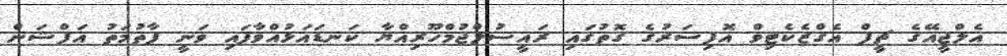
އެލްޖީއޭގެ ޗީފް އެގްޒެކެޓިވް އޮފިސަރުގެ ގޮތުގައި ރައީސުލްޖުމްހޫރިއްޔާ ކަނޑައަޅުއްވާފައި ވަނީ ފާތުމަތު އަފްޝަން